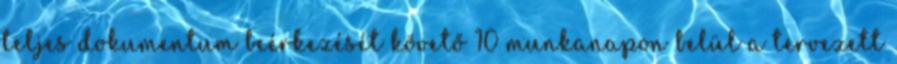
teljes dokumentum beérkezését követő 10 munkanapon belül a tervezett